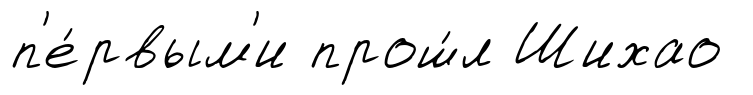
п'е́рвым'и прош́л Шихао